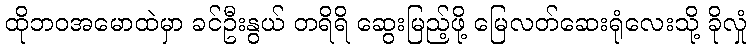
ထိုဘဝအမောထဲမှာ ခင်ဦးနွယ် တရိရိ ဆွေးမြည့်ဖို့ မြေလတ်ဆေးရုံလေးသို့ ခိုလှုံ